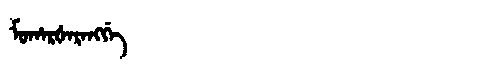
Manchu: ᠮᡠᡥᠠᡵᡧᠠᡵᠠᠩᡤᡝ
Romanization: MUHARŠARANGGE